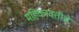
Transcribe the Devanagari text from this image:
महिकावतीचे